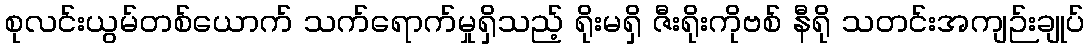
စုလင်းယွမ်တစ်ယောက် သက်ရောက်မှုရှိသည့် ရိုးမရှိ ဇီးရိုးကိုဗစ် နီရို သတင်းအကျဉ်းချုပ်